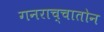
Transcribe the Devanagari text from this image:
गनराच्चातोन